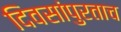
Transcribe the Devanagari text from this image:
दिवसांपुरताच